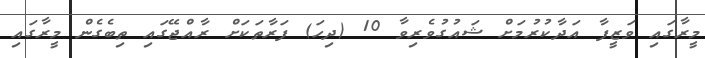
މީރާގައި ވަޒީފާ އަދާކުރުމަށް ޝައުގުވެރިވާ 10 (ދިހަ) ފަރާތަކަށް ރާއްޖޭގައި ތިބެގެން މީރާގައި